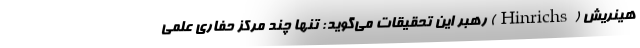
هینریش (Hinrichs) رهبر این تحقیقات می‌گوید: تنها چند مرکز حفاری علمی